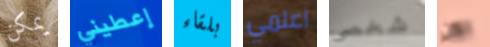
يمكن إعطيني بلقاء اعلمي شخصى الآن